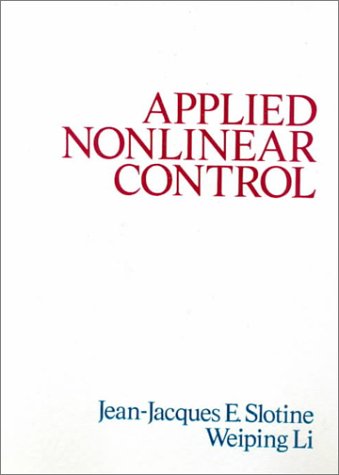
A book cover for Applied Nonlinear Control; Jean-Jacques Slotine; Computers & Technology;